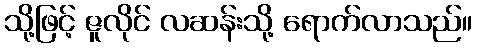
သို့ဖြင့် ဇူလိုင် လဆန်းသို့ ရောက်လာသည်။